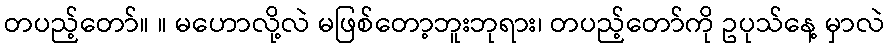
တပည့်တော်။ ။ မဟောလို့လဲ မဖြစ်တော့ဘူးဘုရား၊ တပည့်တော်ကို ဥပုသ်နေ့ မှာလဲ